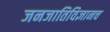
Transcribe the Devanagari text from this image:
जनजातिविज्ञानच